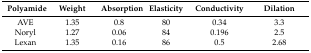
<table><thead><tr><td><b>Polyamide</b></td><td><b>Weight</b></td><td><b>Absorption</b></td><td><b>Elasticity</b></td><td><b>Conductivity</b></td><td><b>Dilation</b></td></tr></thead><tbody><tr><td>AVE</td><td>1.35</td><td>0.8</td><td>80</td><td>0.34</td><td>3.3</td></tr><tr><td>Noryl</td><td>1.27</td><td>0.06</td><td>84</td><td>0.196</td><td>2.5</td></tr><tr><td>Lexan</td><td>1.35</td><td>0.16</td><td>86</td><td>0.5</td><td>2.68</td></tr></tbody></table>